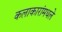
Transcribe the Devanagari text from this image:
कलाकारांमधले